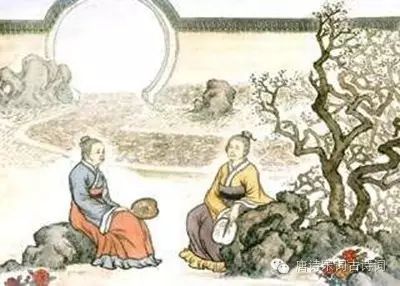
白头宫女在，闲坐说玄宗。